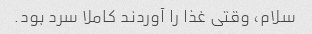
سلام، وقتی غذا را آوردند کاملا سرد بود.